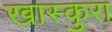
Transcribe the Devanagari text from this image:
खास्कुरा